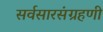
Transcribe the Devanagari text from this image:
सर्वसारसंग्रहणी